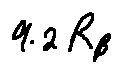
9 . 2 R _ { \beta }